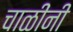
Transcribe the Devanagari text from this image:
चाळींनी